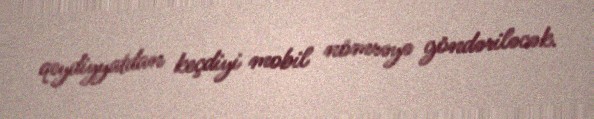
qeydiyyatdan keçdiyi mobil nömrəyə göndəriləcək.